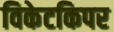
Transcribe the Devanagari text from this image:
विकेटकिपर